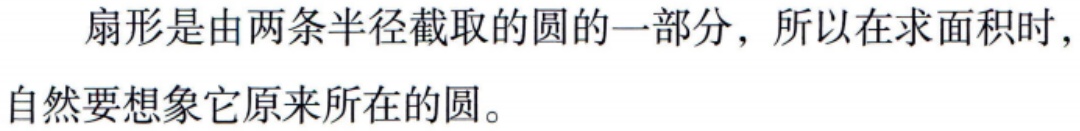
扇形是由两条半径截取的圆的一部分，所以在求面积时，自然要想象它原来所在的圆。